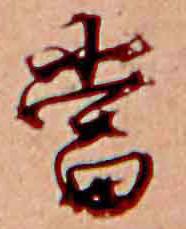
当